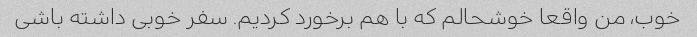
خوب، من واقعا خوشحالم که با هم برخورد کردیم. سفر خوبی داشته باشی